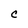
Character: C